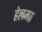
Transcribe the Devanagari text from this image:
हेलमठ